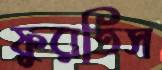
ফুরতিস